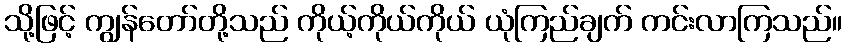
သို့ဖြင့် ကျွန်တော်တို့သည် ကိုယ့်ကိုယ်ကိုယ် ယုံကြည်ချက် ကင်းလာကြသည်။